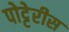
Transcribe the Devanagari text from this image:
पोट्टेरीस